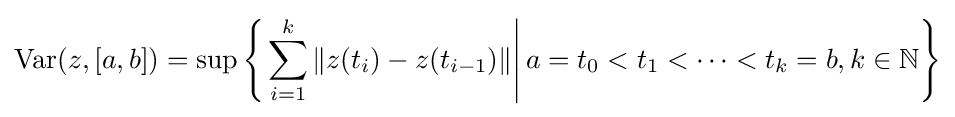
\mathrm {Var} (z,[a,b])=\sup \left\{\left.\sum _{i=1}^{k}\|z(t_{i})-z(t_{i-1})\|\right|a=t_{0}<t_{1}<\cdots <t_{k}=b,k\in \mathbb {N} \right\}